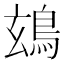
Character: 䲻